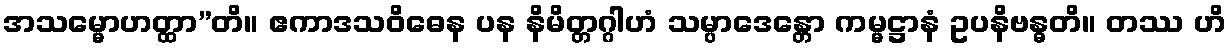
အသမ္မောဟတ္ထာ”တိ။ ဧကာဒသဝိဓေန ပန နိမိတ္တဂ္ဂါဟံ သမ္ပာဒေန္တော ကမ္မဋ္ဌာနံ ဥပနိဗန္ဓတိ။ တဿ ဟိ